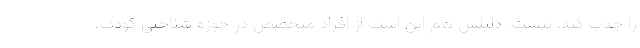
را جذب کند، نیست. دلیلش هم این است از افراد متخصص در حوزه شناختی کودک،